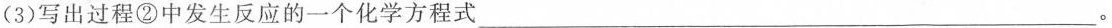
(3)写出过程②中发生反应的一个化学方程式 ___。